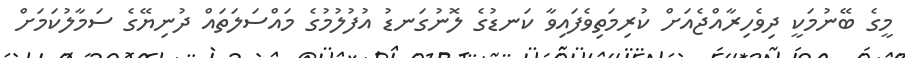
މީގެ ބޭނުމަކީ ދިވެހިރާއްޖެއަށް ކުރިމަތިވެފައިވާ ކަނޑުގެ ލޮނުގަނޑު އުފުލުމުގެ މައްސަލަތައް ދުނިޔޭގެ ސަމާލުކަމަށް